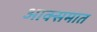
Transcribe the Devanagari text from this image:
आक्समात